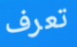
تعرف